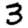
Digit: 3